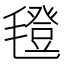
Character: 𣰆